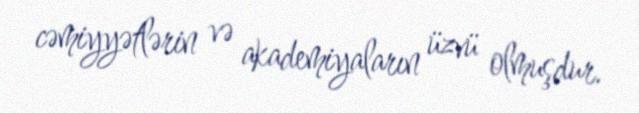
cəmiyyətlərin və akademiyaların üzvü olmuşdur.